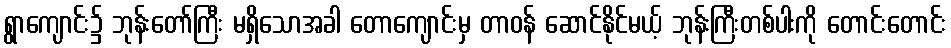
ရွာကျောင်း၌ ဘုန်းတော်ကြီး မရှိသောအခါ တောကျောင်းမှ တာဝန် ဆောင်နိုင်မယ့် ဘုန်းကြီးတစ်ပါးကို တောင်းတောင်း